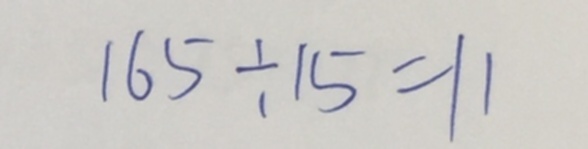
1 6 5 \div 1 5 = 1 1